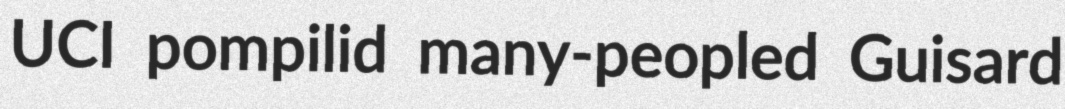
UCI pompilid many-peopled Guisard